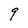
Character: 9